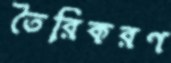
তৈরিকরণ